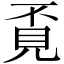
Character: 覔